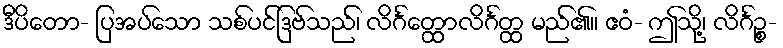
ဒီပိတော- ပြအပ်သော သစ်ပင်ဒြဗ်သည်၊ လိင်္ဂတ္ထောလိင်္ဂတ္ထ မည်၏။ ဧဝံ- ဤသို့၊ လိင်္ဂဉ္စ-